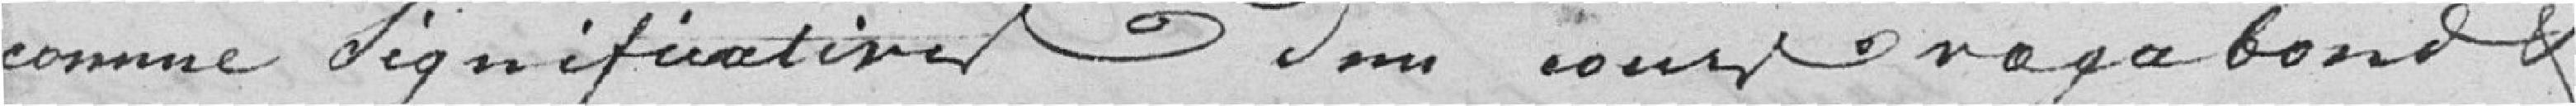
comme significatives d'un cours vagabond et